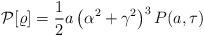
LaTeX: \begin{align*}\mathcal{P}[\varrho]=\frac{1}{2} a \left(\alpha ^2+\gamma ^2\right)^3 P(a,\tau)\end{align*}